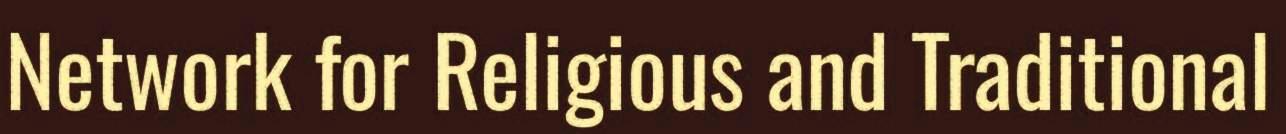
Network for Religious and Traditional